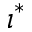
\imath ^ { * }